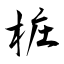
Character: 桩